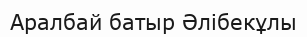
Аралбай батыр Әлібекұлы